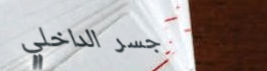
جسر الداخلي